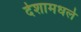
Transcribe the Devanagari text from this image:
देशामधले